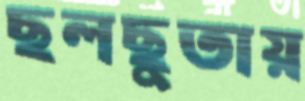
ছলছুতায়